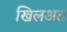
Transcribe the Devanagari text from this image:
खिलअत